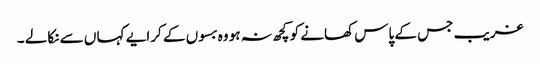
غریب جس کے پاس کھانے کو کچھ نہ ہو وہ بسوں کے کرایے کہا ں سے نکالے ۔